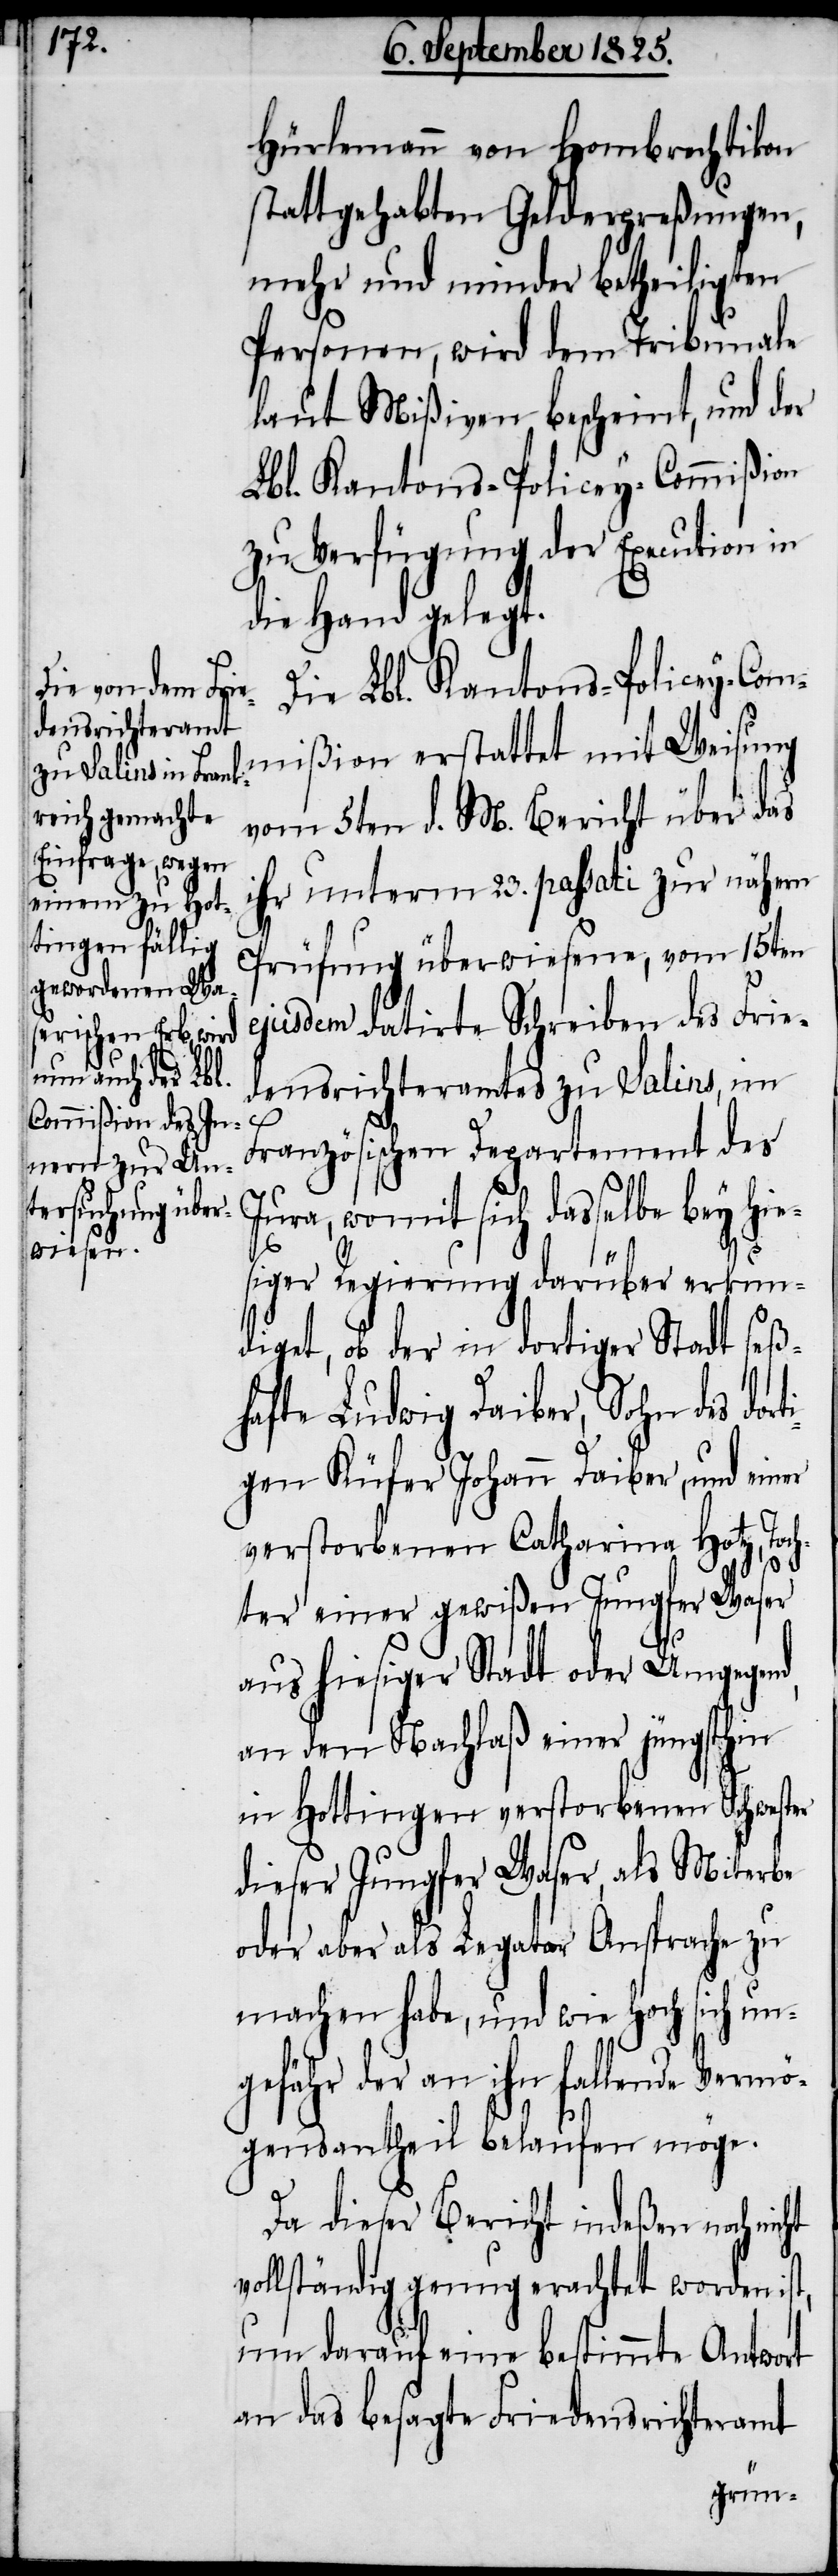
Hürlemann von Hombrechtikon
statt gehabten Gelderpreßungen,
mehr und minder betheiligten
Personen, wird dem Tribunale
laut Mißiven bescheint, und der
Lbl. Kantons-Policey-Commißion
zur Verfügung der Execution in
die Hand gelegt.
Die Lbl. Kantons-Policey-Com¬
mißion erstattet mit Weisung
vom 5ten d. M. Bericht über das
ihr unterm 23. passati zur nähern
Prüfung überwiesene, vom 15ten
ejusdem datirte Schreiben des Frie¬
densrichteramtes zu Salins, im
st,
Französischen Departement des
Jura, womit sich dasselbe bey hie¬
eiter
siger Regierung darüber erkun¬
diget, ob der in dortiger Stadt seß¬
hafte Ludwig Daiber, Sohn des dor¬
gen Küfer Johann Daiber, und einer
verstorbenen Catharina Hotz, Toc¬
hter einer gewißen Jungfer Waser
ti¬
aus hiesiger Stadt oder Umgegen¬
an den Nachlaß einer jüngsthin
in Hottingen verstorbenen Schwester
dieser Jungfer Waser, als Mitarb¬
oder aber als Legator Ansprache zu
machen habe, und wie hoch sich un¬
gefähr der an ihn fallende Vermö¬
gensantheil belaufen möge.
Da dieser Bericht indeßen noch nic¬
vollständig genug erachtet worden i¬
um darauf eine bestimmte Antwort
an das besagte Friedensrichteramt